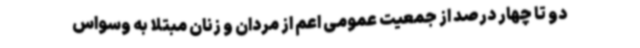
دو تا چهار درصد از جمعیت عمومی اعم از مردان و زنان مبتلا به وسواس